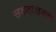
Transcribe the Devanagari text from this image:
सकता।इसका